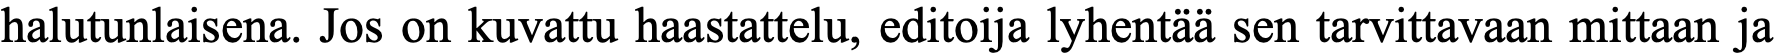
halutunlaisena. Jos on kuvattu haastattelu, editoija lyhentää sen tarvittavaan mittaan ja